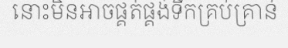
នោះមិនអាចផ្គត់ផ្គង់ទឹកគ្រប់គ្រាន់